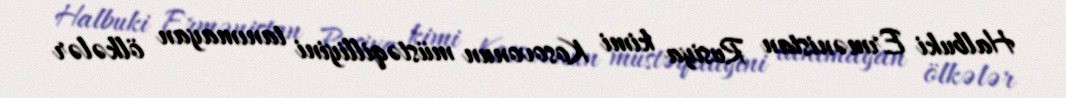
Halbuki Ermənistan Rusiya kimi Kosovonun müstəqilliyini tanımayan ölkələr